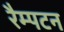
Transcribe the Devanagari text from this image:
रैम्पटन